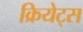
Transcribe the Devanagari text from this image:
क्रियेट्स